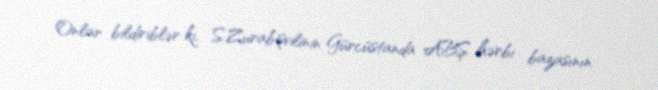
Onlar bildiriblər ki, S.Zurabişvilinin Gürcüstanda ABŞ hərbi bazasının